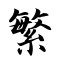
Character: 繁